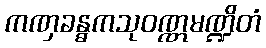
ကဏှခန္ဓကသုဝဏ္ဏမဏ္ဍိတံ